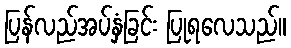
ပြန်လည်အပ်နှံခြင်း ပြုရလေသည်။